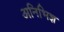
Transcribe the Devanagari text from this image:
अनिभिज्ञ